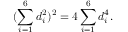
( \sum _ { i = 1 } ^ { 6 } d _ { i } ^ { 2 } ) ^ { 2 } = 4 \sum _ { i = 1 } ^ { 6 } d _ { i } ^ { 4 } .